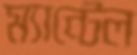
ম্যান্টেল